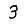
Digit: 3